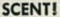
SCENT!